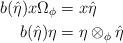
LaTeX: \begin{align*}b(\hat\eta)x\Omega_\phi&=x\hat\eta\\b(\hat\eta)\eta&=\eta\otimes_\phi\hat\eta\end{align*}